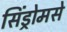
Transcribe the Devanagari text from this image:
सिंड्रोमसे